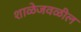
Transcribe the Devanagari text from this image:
शाळेजवळील